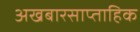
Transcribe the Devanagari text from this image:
अखबारसाप्ताहिक